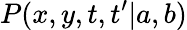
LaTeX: P(x,y,t,t^{\prime}|{a},{b})